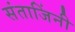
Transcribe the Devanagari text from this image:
संताजिंनी